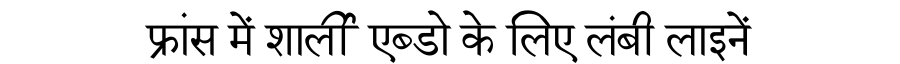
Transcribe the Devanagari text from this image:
फ्रांस में शार्ली एब्डो के लिए लंबी लाइनें